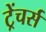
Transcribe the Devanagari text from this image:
ट्रेंचर्स